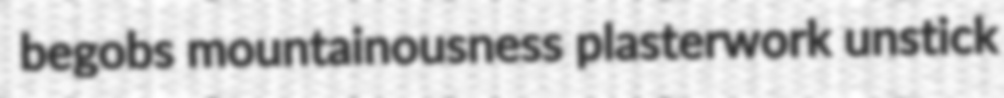
begobs mountainousness plasterwork unstick